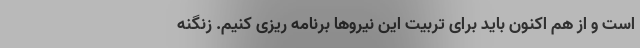
است و از هم اکنون باید برای تربیت این نیروها برنامه ریزی کنیم. زنگنه